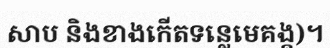
សាប និងខាងកើតទន្លេមេគង្គ)។